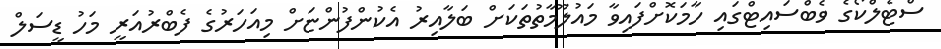
ސްޓެލްކޯގެ ވެބްސައިޓްގައި ހާމަކޮށްފައިވާ މައުލޫމާތުތަކަށް ބަލާއިރު އެކުންފުންޏަށް މިއަހަރުގެ ފެބްރުއަރީ މަހު ޑީސަލް